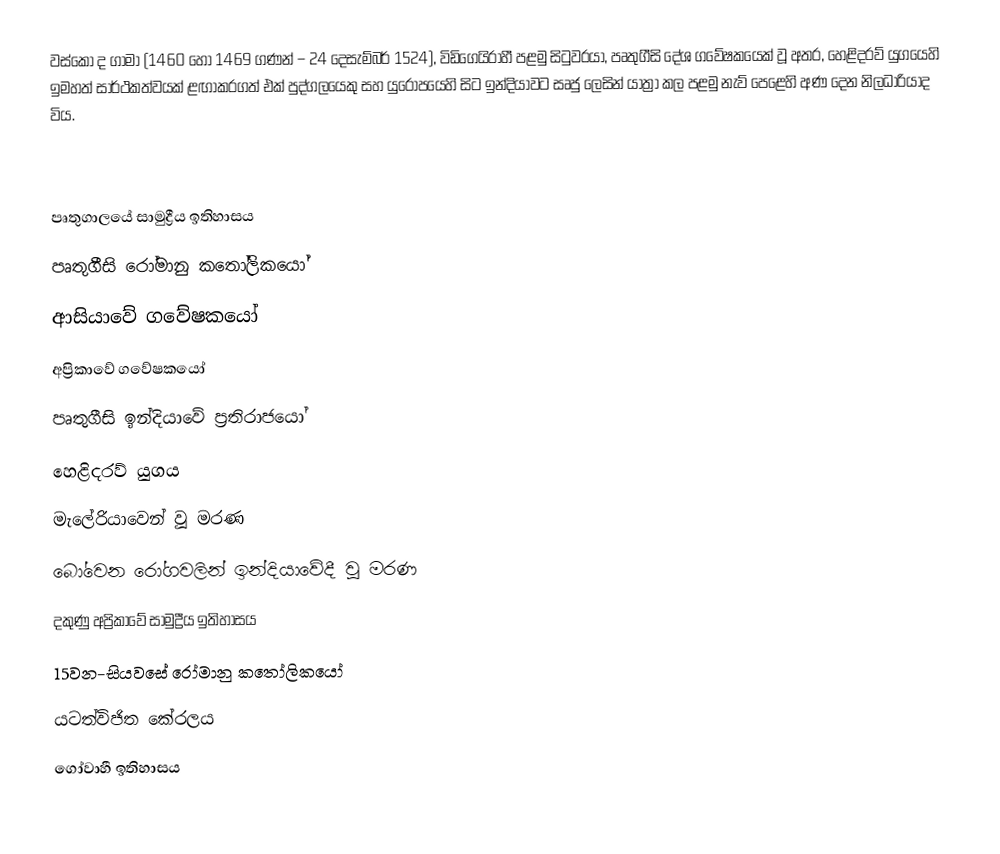
වස්කෝ ද ගාමා  (1460 හෝ 1469 ගණන් – 24 දෙසැම්බර් 1524),  විඩිගෙයිරාහී  පළමු සිටුවරයා,  පෘතුගීසි දේශ ගවේෂකයෙක් වූ අතර, හෙළිදරව් යුගයෙහි ඉමහත් සාර්ථකත්වයක් ළඟාකරගත් එක් පුද්ගලයෙකු සහ යුරෝපයෙහි සිට ඉන්දියාවට සෘජු ලෙසින් යාත්‍රා කල පළමු නැව් පෙළෙහි අණ දෙන නිලධාරියාද විය.

පෘතුගාලයේ සාමුද්‍රීය ඉතිහාසය
පෘතුගීසි රෝමානු කතෝලිකයෝ
ආසියාවේ ගවේෂකයෝ
අප්‍රිකාවේ ගවේෂකයෝ
පෘතුගීසි ඉන්දියාවේ ප්‍රතිරාජයෝ
හෙළිදරව් යුගය
මැලේරියාවෙන් වූ මරණ
බෝවෙන රෝගවලින් ඉන්දියාවේදී වූ මරණ
දකුණු අප්‍රිකාවේ සාමුද්‍රීය ඉතිහාසය
15වන-සියවසේ රෝමානු කතෝලිකයෝ
යටත්විජිත කේරලය
ගෝවාහී ඉතිහාසය